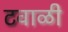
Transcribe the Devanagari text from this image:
टवाळी